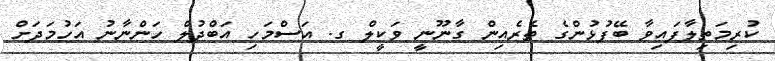
ކުރިމަތިލާފައިވާ ބޭފުޅުންގެ ތެރެއިން ގާނޫނީ ވަކީލް ގ. އަސްމަހި އަބްދުލް ހަންނާނު އަހުމަދަށް